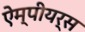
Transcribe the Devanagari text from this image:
ऐम्पीयर्स